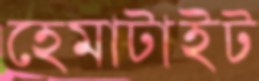
হেমাটাইট